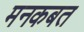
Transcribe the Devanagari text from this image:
मनकबत